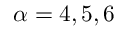
\alpha = 4 , 5 , 6